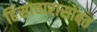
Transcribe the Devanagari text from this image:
हिंसाचारासोबत